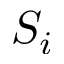
S _ { i }